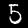
Label: 5